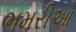
ભમરીઓ